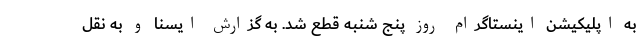
به اپلیکیشن اینستاگرام روز پنج شنبه قطع شد. به گزارش ایسنا و به نقل